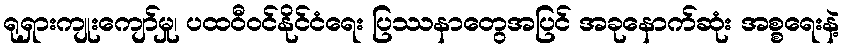
ရုရှားကျုးကျော်မှု၊ ပထဝီဝင်နိုင်ငံရေး ပြဿနာတွေအပြင် အခုနောက်ဆုံး အစ္စရေးနဲ့